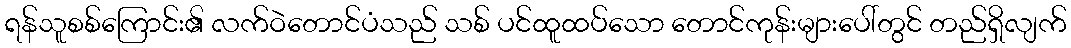
ရန်သူစစ်ကြောင်း၏ လက်ဝဲတောင်ပံသည် သစ် ပင်ထူထပ်သော တောင်ကုန်းများပေါ်တွင် တည်ရှိလျက်